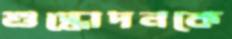
শুদ্ধোদনকে